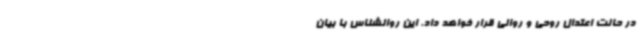
در حالت اعتدال روحی و روانی قرار خواهد داد. این روانشناس با بیان